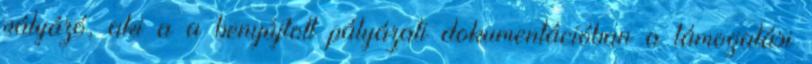
pályázó, aki a a benyújtott pályázati dokumentációban a támogatási